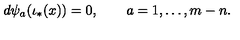
d \psi _ { a } ( \iota _ { * } ( x ) ) = 0 , \qquad a = 1 , \ldots , m - n .